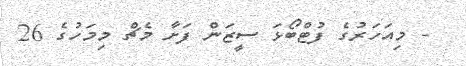
- މިއަހަރުގެ ފުޓްބޯޅަ ސީޒަން ފަށާ މެޗް މިމަހުގެ 26